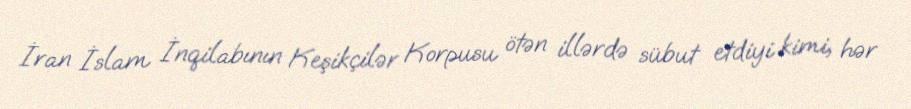
İran İslam İnqilabının Keşikçilər Korpusu ötən illərdə sübut etdiyi kimi, hər